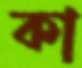
কা